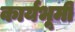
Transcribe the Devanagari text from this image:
कार्यभूमी